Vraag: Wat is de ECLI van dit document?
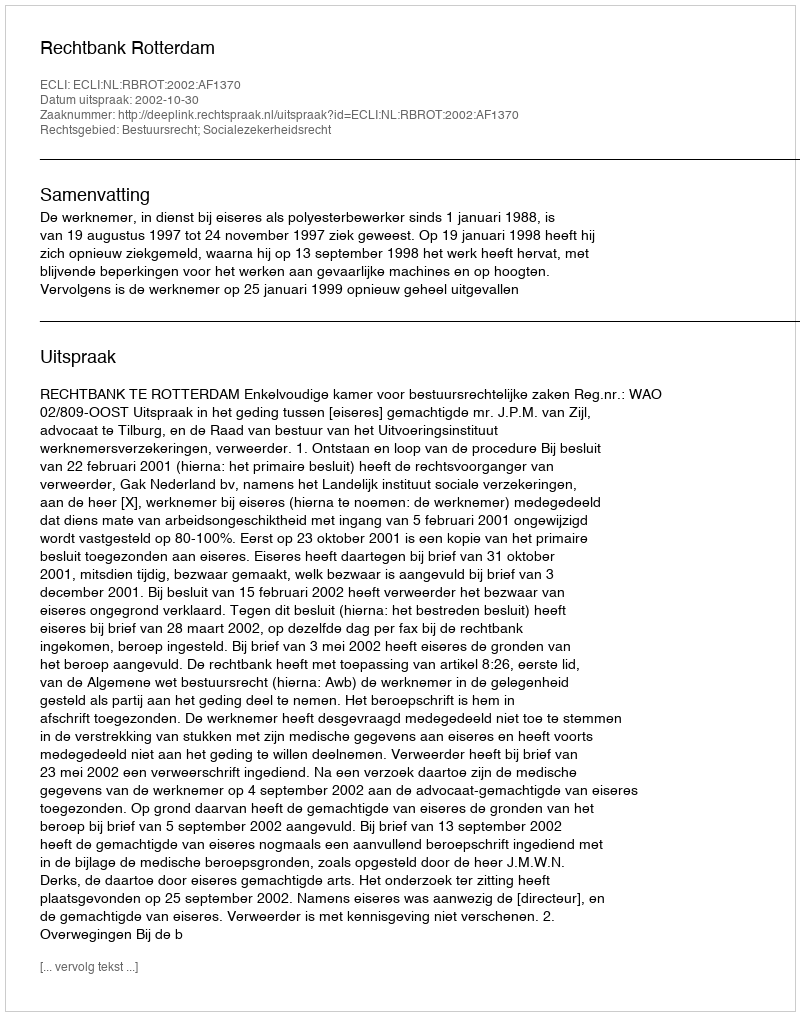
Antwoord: ECLI:NL:RBROT:2002:AF1370